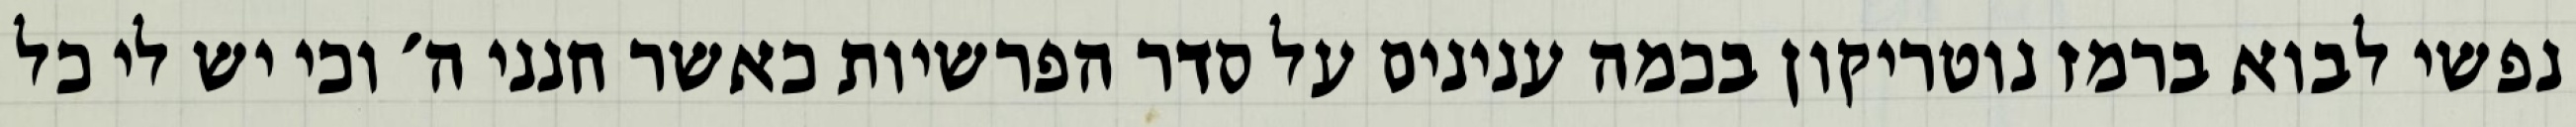
נפשי לבוא ברמז נוטריקון בכמה ענינים על סדר הפרשיות כאשר חנני ה׳ וכי יש לי כל